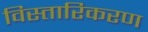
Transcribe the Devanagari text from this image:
विस्तारिकरण